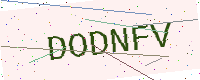
Text: DODNFV